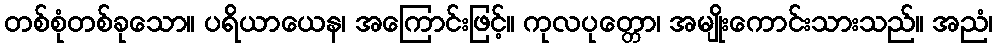
တစ်စုံတစ်ခုသော။ ပရိယာယေန၊ အကြောင်းဖြင့်။ ကုလပုတ္တော၊ အမျိုးကောင်းသားသည်။ အညံ၊